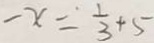
- x = \frac { 1 } { 3 } + 5